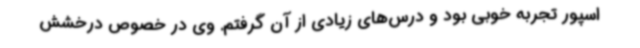
اسپور تجربه خوبی بود و درس‌های زیادی از آن گرفتم. وی در خصوص درخشش